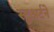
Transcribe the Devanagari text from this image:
स्टुअर्टने